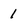
Character: 1